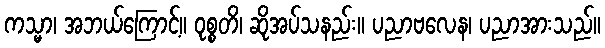
ကသ္မာ၊ အဘယ်ကြောင့်။ ဝုစ္စတိ၊ ဆိုအပ်သနည်း။ ပညာဗလေန၊ ပညာအားသည်။